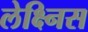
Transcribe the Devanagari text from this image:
लेक्ष्निस